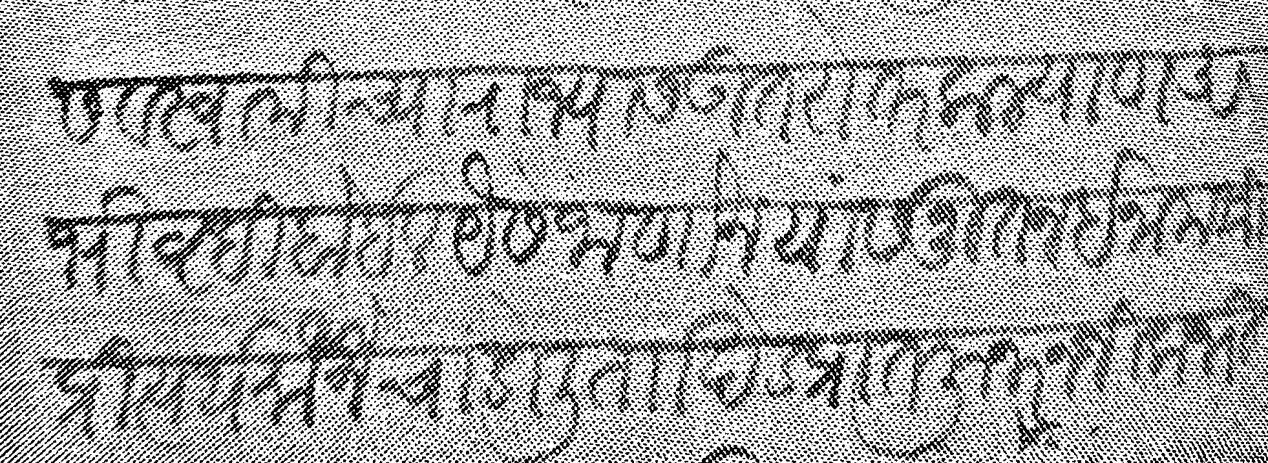
Transliteration (Devanagari): स्वामीस व स्वामीच्या राज्यास उतरोत्तर कल्याण अभिवृधी होईल येसे जाणोन यांस नूतन इनाम श्री प्रीत्यर्थ मौजे चांडोली त खेड प्रांत जुनर नजीक भीमातीर